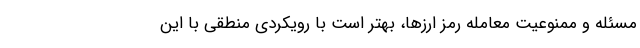
مسئله و ممنوعیت معامله رمز ارزها، بهتر است با رویکردی منطقی با این